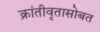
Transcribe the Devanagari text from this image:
क्रांतीवृतासोबत